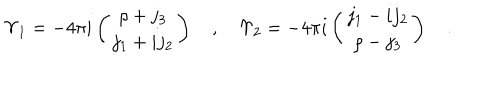
LaTeX: \Upsilon _ { 1 } = - 4 \pi i \left( \begin{matrix} { { \rho + j _ { 3 } } } \\ { { j _ { 1 } + i j _ { 2 } } } \\ \end{matrix} \right) \quad , \quad \Upsilon _ { 2 } = - 4 \pi i \left( \begin{matrix} { { j _ { 1 } - i j _ { 2 } } } \\ { { \rho - j _ { 3 } } } \\ \end{matrix} \right) \quad .